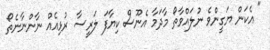
" އެކަން ޔަގީންވެ ނުލައްވާތޯ މާދަމާ އެނޫސް ކިޔާފަ ލަރީސާ ރުޅިއެއް ނާންނާނެތޯ